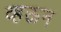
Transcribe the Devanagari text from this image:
व्हऊन